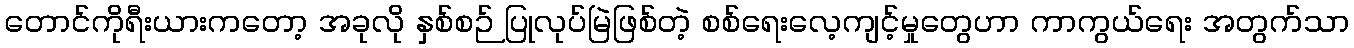
တောင်ကိုရီးယားကတော့ အခုလို နှစ်စဉ် ပြုလုပ်မြဲဖြစ်တဲ့ စစ်ရေးလေ့ကျင့်မှုတွေဟာ ကာကွယ်ရေး အတွက်သာ